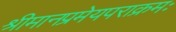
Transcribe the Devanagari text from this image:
श्रीमानप्रमेयपराक्रमः